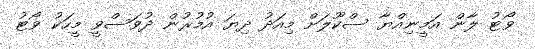
ވޯޓު ލާން އަމީނިއްޔާ ސްކޫލަށް މިއަދު ދިޔަ އުމުރުން ދުވަސްވީ މީހަކު ވޯޓު